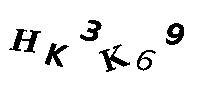
HK3K69